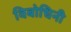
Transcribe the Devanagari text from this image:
विबोधिनी